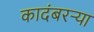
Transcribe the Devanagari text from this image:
कादंबरऱ्या